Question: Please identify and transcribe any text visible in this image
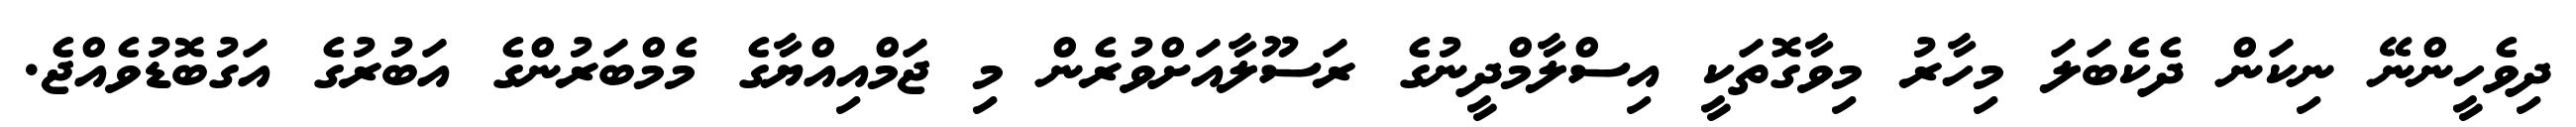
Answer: ދިވެހީންނޭ ނިކަން ދެކެބަލަ މިހާރު މިވާގޮތަކީ އިސްލާމްދީނުގެ ރަސޫލާއަށްވުރެން މި ޖަމްއިއްޔާގެ މެމްބަރުންގެ އަބުރުގެ އަގުބޮޑުވެއްޖެ.